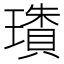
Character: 璳